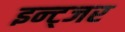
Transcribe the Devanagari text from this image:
इन्ट्जर